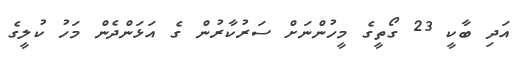
އަދި ބާކީ 23 ގޯތީގެ މީހުންނަށް ސަރުކާރުން ގެ އަޅަންދެން މަހު ކުލީގެ